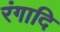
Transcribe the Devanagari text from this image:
रंगादि